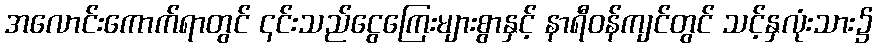
အလောင်းကောက်ရာတွင် ၎င်းသည်ငွေကြေးများစွာနှင့် နာရီဝန်ကျင်တွင် သင့်နှလုံးသား၌